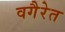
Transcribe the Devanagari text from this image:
वगैरेत